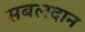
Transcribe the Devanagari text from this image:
सबलदान